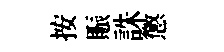
按賑誅懲